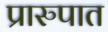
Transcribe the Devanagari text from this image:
प्रारुपात